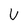
Character: U